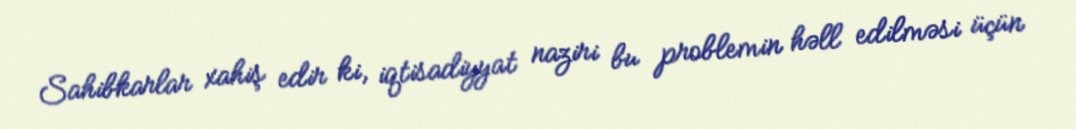
Sahibkarlar xahiş edir ki, iqtisadiyyat naziri bu problemin həll edilməsi üçün